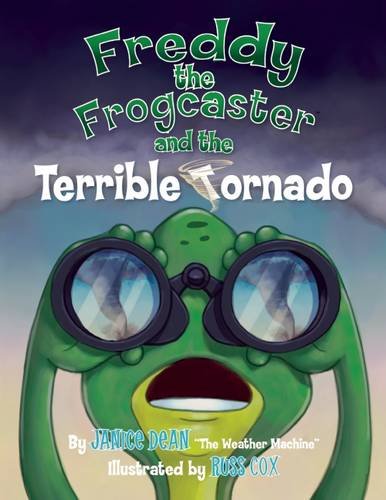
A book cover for Freddy the Frogcaster and the Terrible Tornado; Janice Dean; Children's Books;